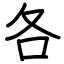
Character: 各